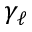
\gamma _ { \ell }